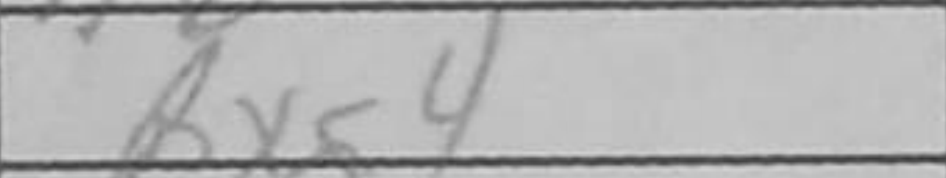
Transcription: Bxg4